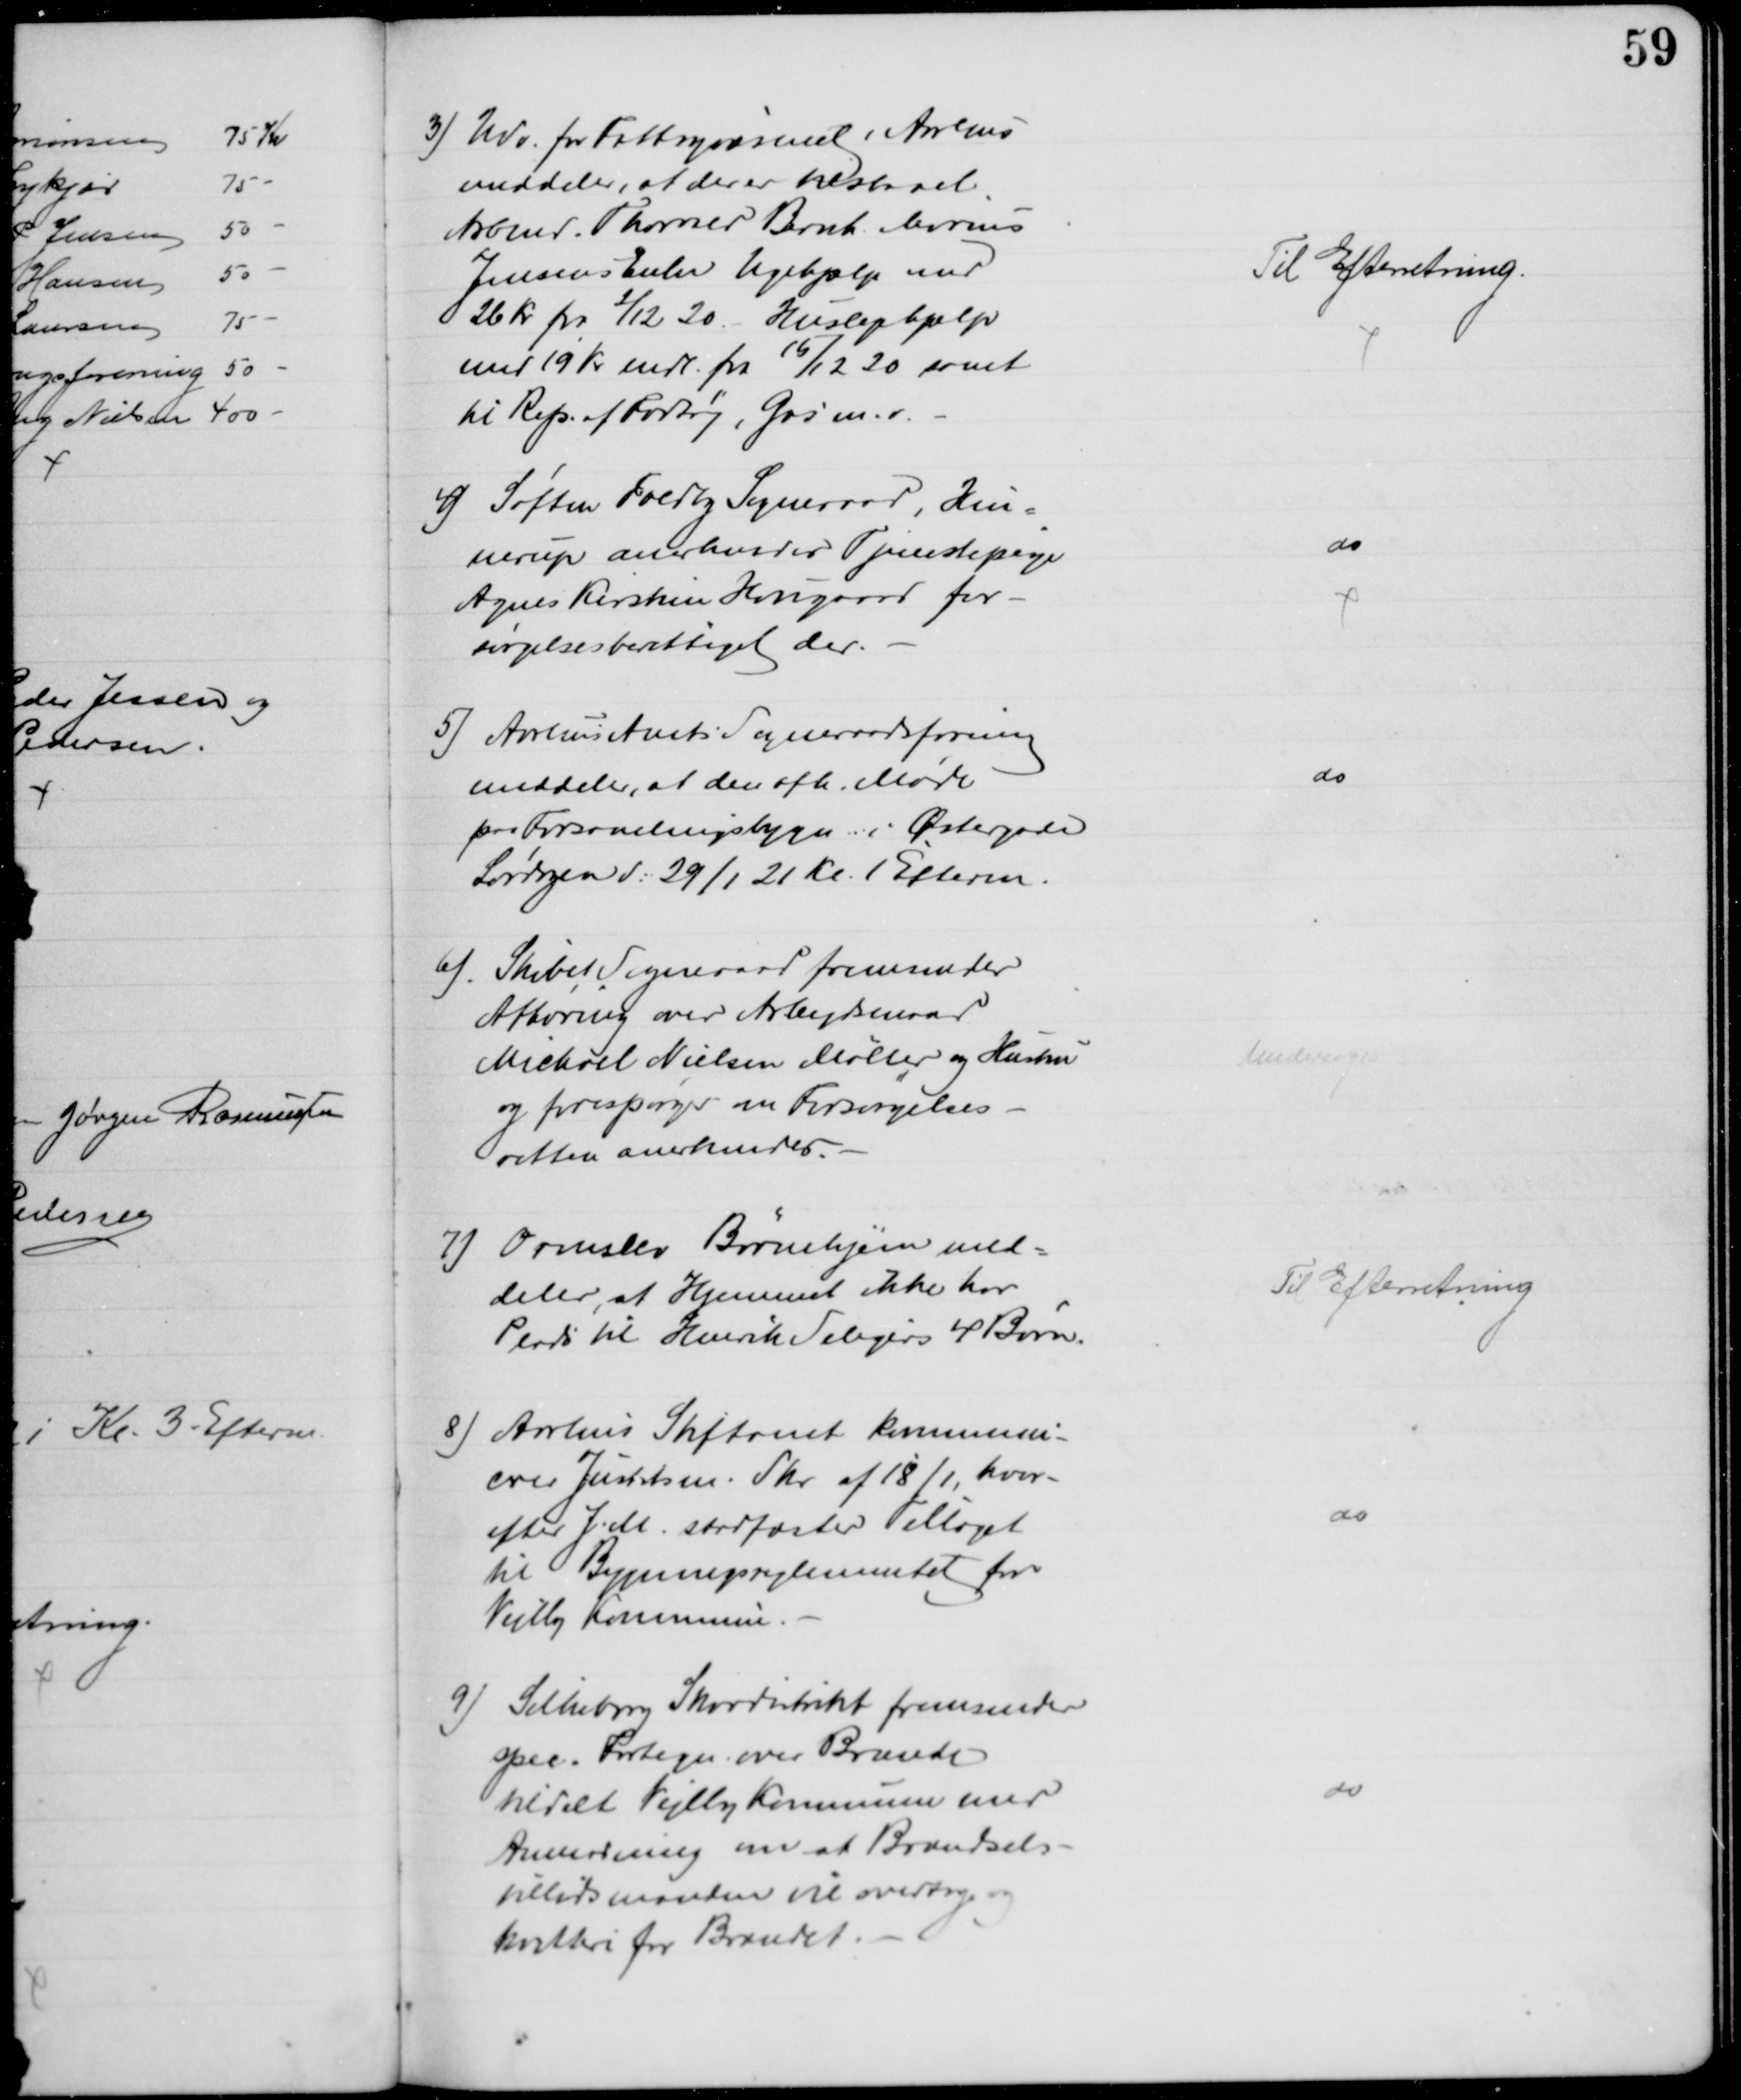
Transskription:
3) Udv. for Fattigvæsenet i Aarhus
meddeler, at der er tilstaaet
Arbmd. Thorvald Bernh. Marius
Jensens Enke Ugehjælp med
26 kr fra 2/12 20. Huslejehjælp
med 19 Kr mdl. fra 15/12 20 samt
til Rep. af Fortøj, Gas m.v.
Til Efterretning.
4) Søften Foldby Sogneraad, Hin-
nerup anerkender Tjenestepige
Agnes Kirstine Haugaard for-
sørgelsesberettiget der.
do
5) Aarhus Amts Sogneraadsforening
meddeler, at den afh. Møde
paa Forsamlingsbygn. i Østergade
Lørdagen d: 29/1 21 Kl. 1 Efterm.
do
6) Skibet Sogneraad fremsender
Afhøring over Arbejdsmand
Michael Nielsen Møller og Hustru
og forespørger om Forsørgelses-
retten anerkendes.
Undersøges
7) Ormslev Børnehjem med-
deler, at Hjemmet ikke har
Plads til Henrik Seligers 4 Børn.
Til Efterretning
8) Aarhus Stiftamt kommuni-
cerer Justitsm. Skr. af 18/1, hvor-
efter J.M stadfæster Tillæget
til Bygningsreglementet for
Vejlby Kommune.
do
9) Silkeborg Skovdistrikt fremsender
spec. Fortegn. over Brænde
tildelt Vejlby Kommune med
Anmodning om at Brændsels-
tillidsmanden vil overtage og
kvittere for Brændet.
do